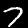
Label: 7